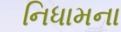
નિધામના